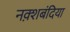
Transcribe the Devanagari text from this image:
नक़्शबंदिया